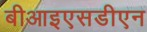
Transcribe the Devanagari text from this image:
बीआइएसडीएन